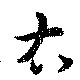
右